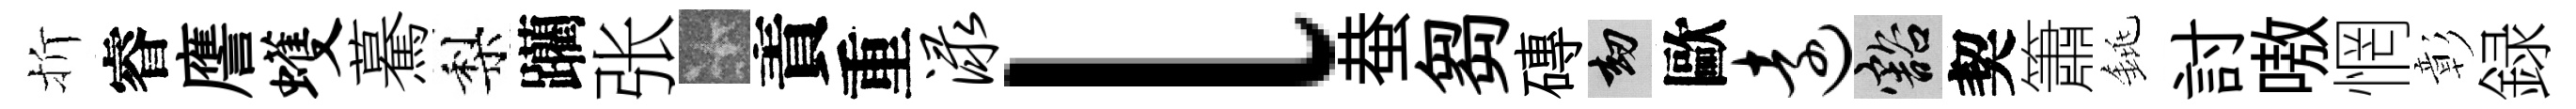
折睿譍蠖驀梨躪张卡責重渌l蛬芻磚劫歐远豁契簫銚討嗷惘彰録